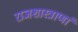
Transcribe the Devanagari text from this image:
राजशास्त्राणां